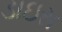
ડાઇસ